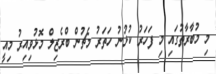
މި މުބާރާތުގައި މި ފަހަރު ކުޅުނު ހަތަރު މެޗުން ބްރެޒިލް މޮޅުވިއިރު މިއީ